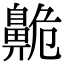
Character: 𪖡